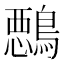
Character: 𱈵